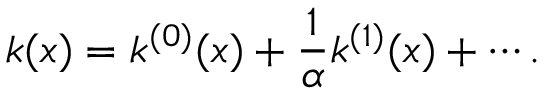
k ( x ) = k ^ { ( 0 ) } ( x ) + \frac { 1 } { \alpha } k ^ { ( 1 ) } ( x ) + \cdots .